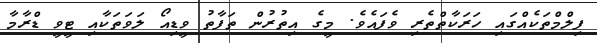
ފިލްމްތަކެއްގައި ހަރަކާތްތެރި ވެފައެވެ. މީގެ އިތުރުން ތަފާތު ވީޑިއޯ ލަވަތަކާއި ޓީވީ ޑްރާމާ